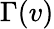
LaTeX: \Gamma(v)